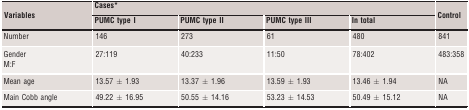
<table><thead><tr><td rowspan="2"><b>Variables</b></td><td colspan="4"><b>Casesa</b></td><td rowspan="2"><b>Control</b></td></tr><tr><td><b>PUMC type I</b></td><td><b>PUMC type II</b></td><td><b>PUMC type III</b></td><td><b>In total</b></td></tr></thead><tbody><tr><td>Number</td><td>146</td><td>273</td><td>61</td><td>480</td><td>841</td></tr><tr><td>GenderM:F</td><td>27:119</td><td>40:233</td><td>11:50</td><td>78:402</td><td>483:358</td></tr><tr><td>Mean age</td><td>13.57 ± 1.93</td><td>13.37 ± 1.96</td><td>13.59 ± 1.93</td><td>13.46 ± 1.94</td><td>NA</td></tr><tr><td>Main Cobb angle</td><td>49.22 ± 16.95</td><td>50.55 ± 14.16</td><td>53.23 ± 14.53</td><td>50.49 ± 15.12</td><td>NA</td></tr></tbody></table>